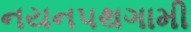
નયનપથગામી